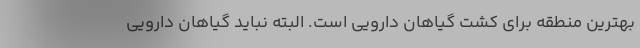
بهترین منطقه برای کشت گیاهان دارویی است. البته نباید گیاهان دارویی